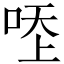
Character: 𠳒